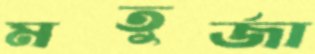
মতুর্জা